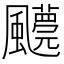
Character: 𩙓